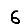
Digit: 6